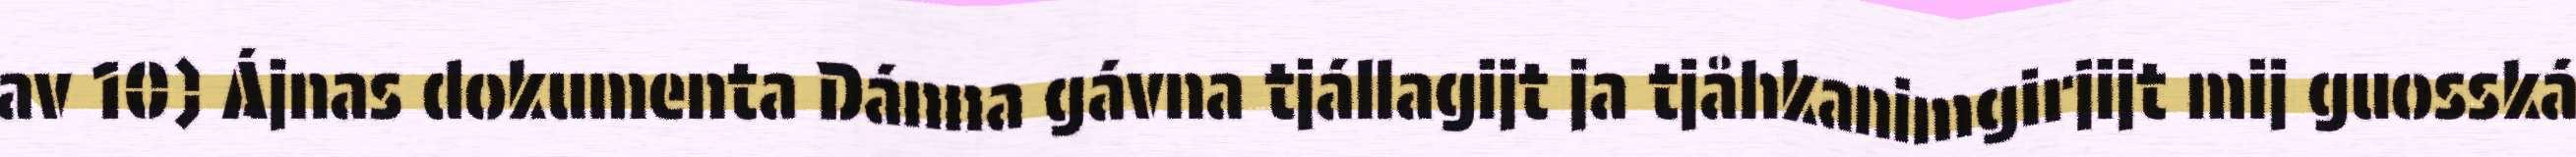
av 10) Ájnas dokumenta Dánna gávna tjállagijt ja tjåhkanimgirjijt mij guosská